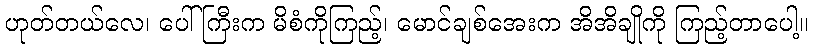
ဟုတ်တယ်လေ၊ ပေါ်ကြီးက မိစံကိုကြည့်၊ မောင်ချစ်အေးက အိအိချိုကို ကြည့်တာပေါ့။